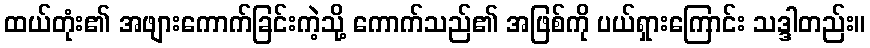
ထယ်တုံး၏ အဖျားကောက်ခြင်းကဲ့သို့ ကောက်သည်၏ အဖြစ်ကို ပယ်ရှားကြောင်း သဒ္ဒါတည်း။